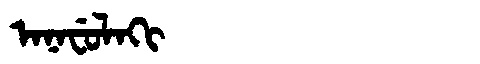
Manchu: ᠠᠨᠠᠸᡠᠯᠠᡴᡳ
Romanization: ANAFULAKI